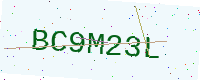
Text: BC9M23L